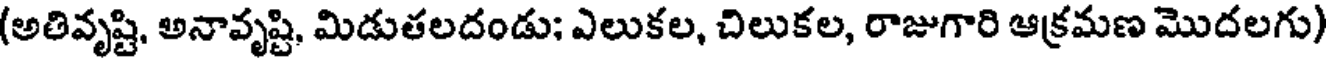
(అతివృష్టి, అనావృష్టి, మిడుతలదండు; ఎలుకల, చిలుకల, రాజుగారి ఆక్రమణ మొదలగు)